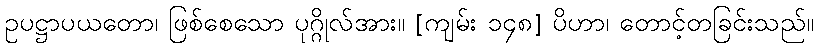
ဥပဋ္ဌာပယတော၊ ဖြစ်စေသော ပုဂ္ဂိုလ်အား။ [ကျမ်း ၁၄၈] ပိဟာ၊ တောင့်တခြင်းသည်။